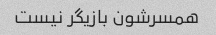
همسرشون بازیگر نیست